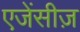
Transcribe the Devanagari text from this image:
एजेंसीज़